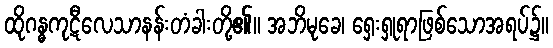
ထိုဂန္ဓကုဋီလေသာနန်းတံခါးတို့၏။ အဘိမုခေ၊ ရှေးရှုရာဖြစ်သောအရပ်၌။